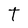
Character: T